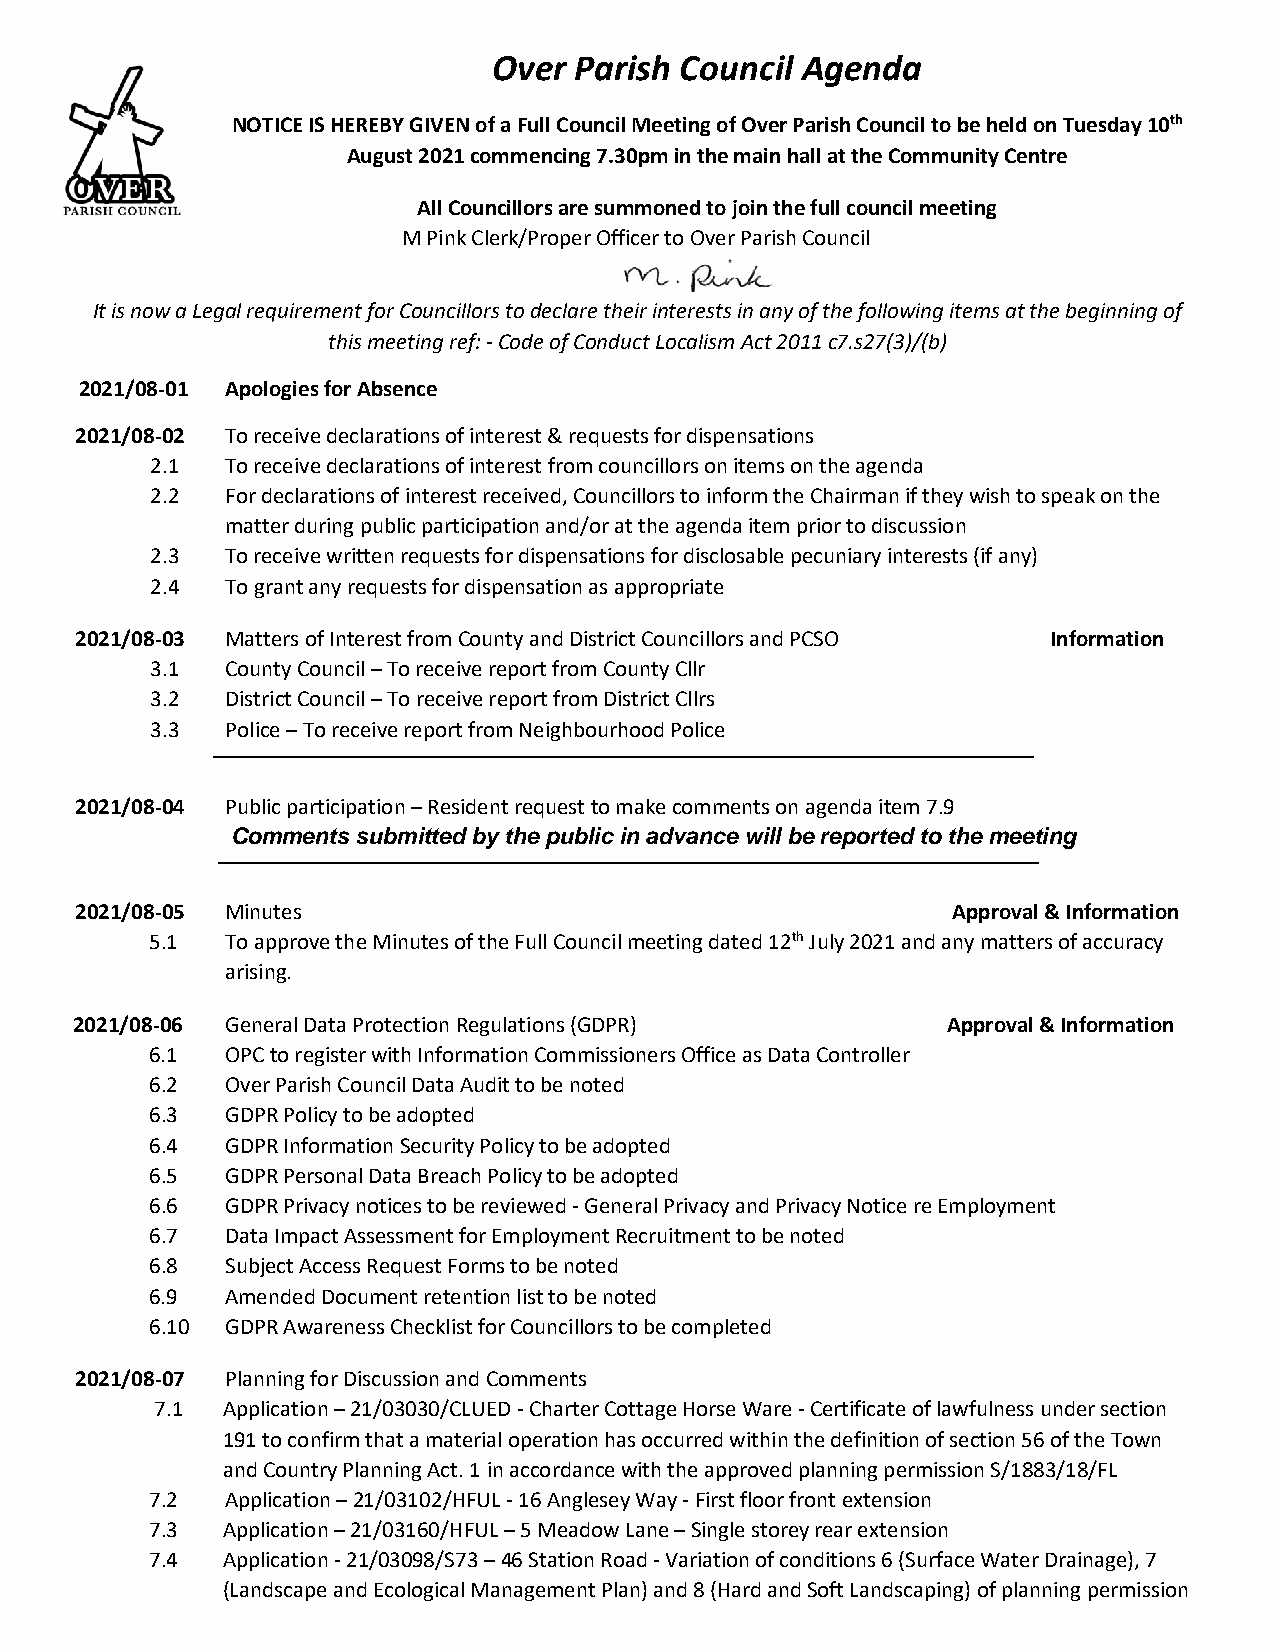
Over Parish Council Agenda
 NOTICE IS HEREBY GIVEN of a Full Council Meeting of Over Parish Council to be held on Tuesday 10th
 August 2021 commencing 7.30pm in the main hall at the Community Centre
 All Councillors are summoned to join the full council meeting
 M Pink Clerk/Proper Officer to Over Parish Council
 It is now a Legal requirement for Councillors to declare their interests in any of the following items at the beginning of
 this meeting ref: - Code of Conduct Localism Act 2011 c7.s27(3)/(b)
 2021/08-01 Apologies for Absence
 2021/08-02 To receive declarations of interest & requests for dispensations
 2.1  To receive declarations of interest from councillors on items on the agenda
 2.2  For declarations of interest received, Councillors to inform the Chairman if they wish to speak on the
 matter during public participation and/or at the agenda item prior to discussion
 2.3  To receive written requests for dispensations for disclosable pecuniary interests (if any)
 2.4  To grant any requests for dispensation as appropriate
 2021/08-03 Matters of Interest from County and District Councillors and PCSO Information
 3.1  County Council – To receive report from County Cllr
 3.2  District Council – To receive report from District Cllrs
 3.3  Police – To receive report from Neighbourhood Police
 2021/08-04 Public participation – Resident request to make comments on agenda item 7.9
 Comments submitted by the public in advance will be reported to the meeting
 2021/08-05 Minutes                                        Approval & Information
 5.1  To approve the Minutes of the Full Council meeting dated 12th July 2021 and any matters of accuracy
 arising.
 2021/08-06 General Data Protection Regulations (GDPR)     Approval & Information
 6.1  OPC to register with Information Commissioners Office as Data Controller
 6.2  Over Parish Council Data Audit to be noted
 6.3  GDPR Policy to be adopted
 6.4  GDPR Information Security Policy to be adopted
 6.5  GDPR Personal Data Breach Policy to be adopted
 6.6  GDPR Privacy notices to be reviewed - General Privacy and Privacy Notice re Employment
 6.7  Data Impact Assessment for Employment Recruitment to be noted
 6.8  Subject Access Request Forms to be noted
 6.9  Amended Document retention list to be noted
 6.10 GDPR Awareness Checklist for Councillors to be completed
 2021/08-07 Planning for Discussion and Comments
 7.1  Application – 21/03030/CLUED - Charter Cottage Horse Ware - Certificate of lawfulness under section
 191 to confirm that a material operation has occurred within the definition of section 56 of the Town
 and Country Planning Act. 1 in accordance with the approved planning permission S/1883/18/FL
 7.2  Application – 21/03102/HFUL - 16 Anglesey Way - First floor front extension
 7.3  Application – 21/03160/HFUL – 5 Meadow Lane – Single storey rear extension
 7.4  Application - 21/03098/S73 – 46 Station Road - Variation of conditions 6 (Surface Water Drainage), 7
 (Landscape and Ecological Management Plan) and 8 (Hard and Soft Landscaping) of planning permission